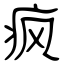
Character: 疯